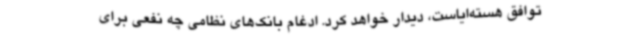
توافق هسته‌ایاست، دیدار خواهد کرد. ادغام بانک‌های نظامی چه نفعی برای